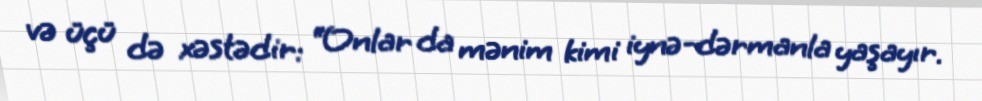
və üçü də xəstədir: “Onlar da mənim kimi iynə-dərmanla yaşayır.